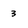
Character: 3